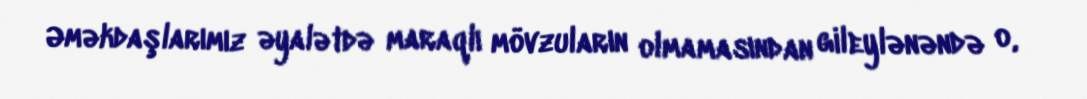
Əməkdaşlarımız əyalətdə maraqlı mövzuların olmamasından gileylənəndə o,